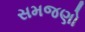
સમજણો